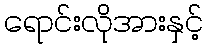
ရောင်းလိုအားနှင့်